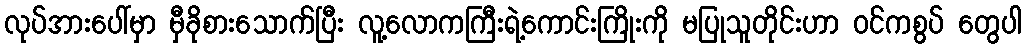
လုပ်အားပေါ်မှာ မှီခိုစားသောက်ပြီး လူ့လောကကြီးရဲ့ကောင်းကြိုးကို မပြုသူတိုင်းဟာ ဝင်ကစွပ် တွေပါ